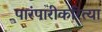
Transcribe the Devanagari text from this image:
पारंपारीकरित्या